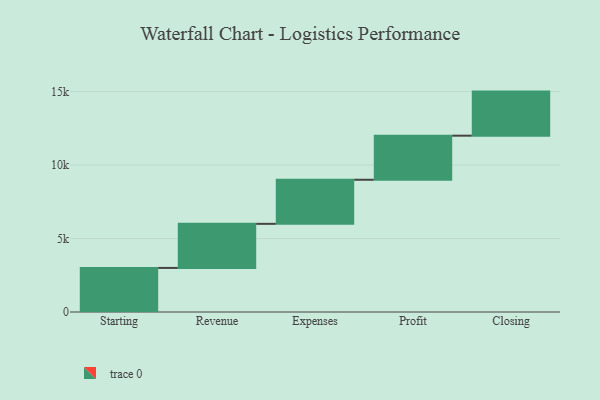
{"axis": {"x": "Step", "y": "Value"}, "legend": [""], "data": [{"x": "Starting", "y": 3000, "type": ""}, {"x": "Revenue", "y": 3000, "type": ""}, {"x": "Expenses", "y": 3000, "type": ""}, {"x": "Profit", "y": 3000, "type": ""}, {"x": "Closing", "y": 3000, "type": ""}]}